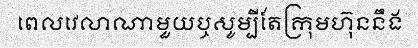
ពេលវេលាណាមួយឬសូម្បីតែក្រុមហ៊ុននឹង